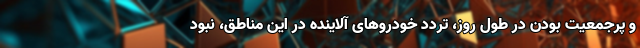
و پرجمعیت بودن در طول روز، تردد خودروهای آلاینده در این مناطق، نبود